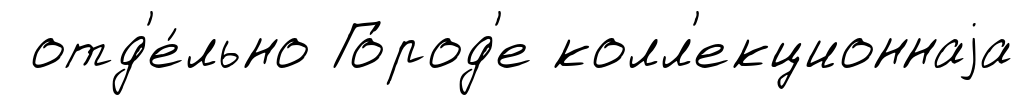
отд'е́льно Го́род'е колл'екционнаjа